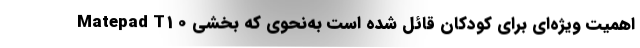
Matepad T10 اهمیت ویژه‌ای برای کودکان قائل شده است به‌نحوی که بخشی